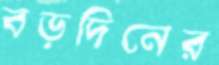
বড়দিনের